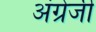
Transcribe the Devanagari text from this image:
अंग्रेजीं